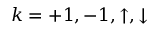
k = { + } 1 , { - } 1 , \uparrow , \downarrow